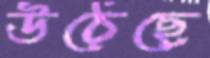
উঠেছে